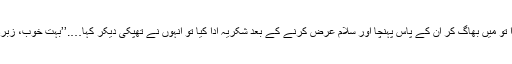
سیمینار ختم ہوا تو میں بھاگ کر ان کے پاس پہنچا اور سلام عرض کرنے کے بعد شکریہ ادا کیا تو انہوں نے تھپکی دیکر کہا….’’بہت خوب، زبردست، واہ واہ‘‘۔